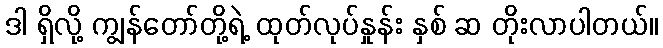
ဒါ ရှိလို့ ကျွန်တော်တို့ရဲ့ ထုတ်လုပ်နှုန်း နှစ် ဆ တိုးလာပါတယ်။